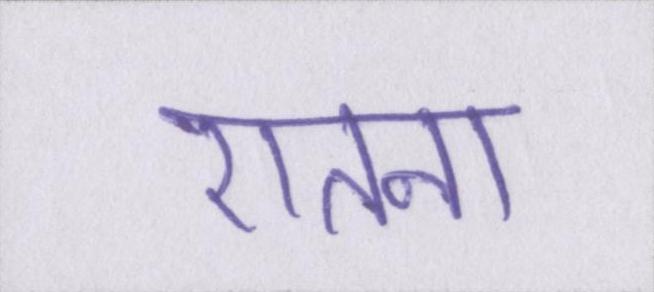
एतना